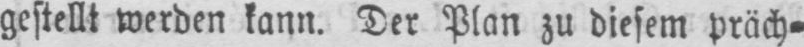
gestellt werden kann. Der Plan zu diesem präch⸗